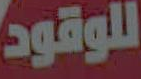
للوقود